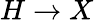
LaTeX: H\rightarrow X